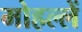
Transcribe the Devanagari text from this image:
मोहल्लें